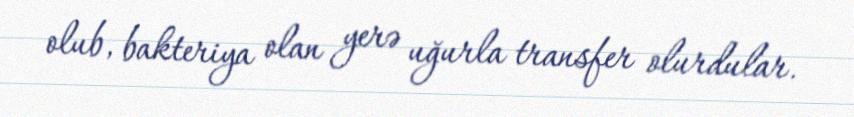
olub, bakteriya olan yerə uğurla transfer olurdular.